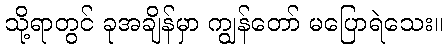
သို့ရာတွင် ခုအချိန်မှာ ကျွန်တော် မပြောရဲသေး။